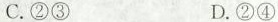
C.②③ D.②④